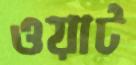
ওয়াট